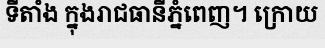
ទីតាំង ក្នុងរាជធានីភ្នំពេញ។ ក្រោយ